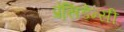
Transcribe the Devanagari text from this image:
प्रेसि़डेन्सी